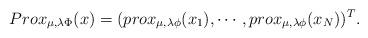
LaTeX: \begin{align*}Prox_{\mu,\lambda\Phi}(x) = (prox_{\mu,\lambda\phi}(x_1), \cdots, prox_{\mu,\lambda\phi}(x_N))^T.\end{align*}